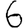
Digit: 6